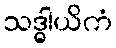
သဒ္ဓါယိကံ